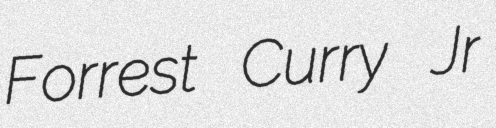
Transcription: Forrest Curry Jr